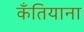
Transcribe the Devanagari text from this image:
कँतियाना